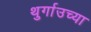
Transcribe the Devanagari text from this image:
थुर्गाउच्या